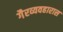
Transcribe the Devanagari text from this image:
गैरव्यवहारास